Civil Veterinary Department. Central Provinces & Berar 1932-41 - 1932-1941
Year: 1932
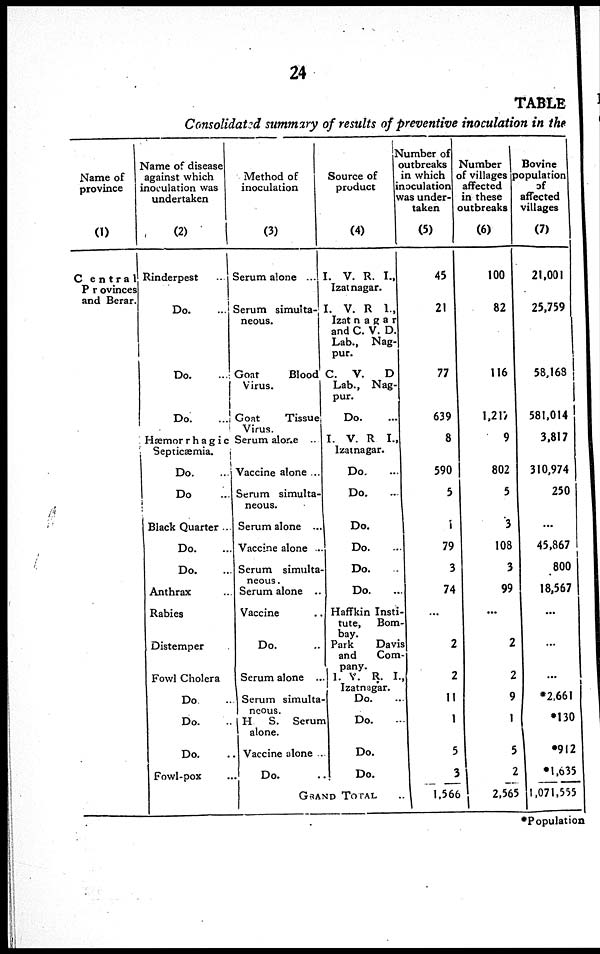
24
TABLE
Consolidated summary of results of preventive inoculation in the
Name of
province
(1)
Central
Provinces
and Berar.
Name of disease
against which
inoculation was
undertaken
(2)
Rinderpest ...
Do. ...
Do. ...
Do. ...
Hæmorrhagic
Septicæmia.
Do. ...
Do. ...
Black Quarter ...
Do. ... .
Do. ...
Anthrax ...
Rabies
Distemper
Fowl Cholera
Do. ..
Do. ..
Do. ..
Fowl-pox ...
Method of
inoculation
(3)
Serum alone ...
Serum simulta-
neous.
Goat
Blood
Virus.
Goat
Tissue
Virus.
Serum alone
Vaccine alone ...
Serum simulta-
neous.
Serum alone ...
Vaccine alone ..
Serum simulta-
neous.
Serum alone ..
Vaccine ..
Do. ..
Scrum alone ..
Serum simulta-
neous.
H S. Serum
alone.
Vaccine alone ..
Do. ..
Source of
product
(4)
I. V. R. I.,
Izatnagar.
I. V. R I.,
Izatnagar
and C. V. D.
Lab., Nag-
pur.
C. V.
D
Lab., Nag-
pur.
Do. ...
I. V. R I.,
Izatnagar.
Do. ...
Do. ...
Do.
Do. ...
Do. ...
Do. ...
Haffkin Insti-
tute, Bom
bay.
Park
Davis
and
Com
pany.
1. V. R. I.
Izatnagar.
Do. ...
Do. ...
Do.
Do.
GRAND TOTAL
Number of
outbreaks
in which
inoculation
was under-
taken
(5)
45
21
77
639
8
590
5
79
3
74
...
2
2
11
1
5
1,566
Number
of villages
affected
in these
outbreaks
(6)
100
82
116
1,217
9
802
5
3
108
3
99
...
2
2
9
1
5
2
2,565
Bovine
popuIation
of
affected
villages
(7)
21,001
25,759
58,168
581,014
3,817
310,974
250
...
45,867
800
18,567
...
...
...
*2,661
*130
*912
*1,635
1,071,555
*Population